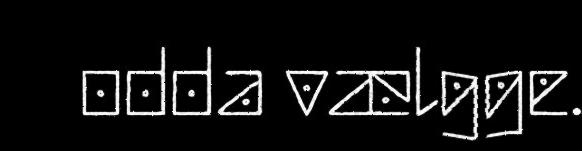
odda vælgge.